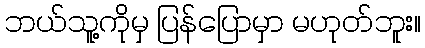
ဘယ်သူ့ကိုမှ ပြန်ပြောမှာ မဟုတ်ဘူး။